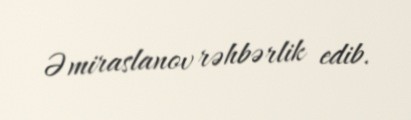
Əmiraslanov rəhbərlik edib.